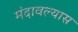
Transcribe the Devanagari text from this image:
मंदावल्यास